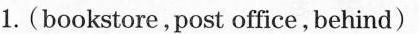
1.(bookstore,post office, behind)